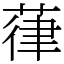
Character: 葎